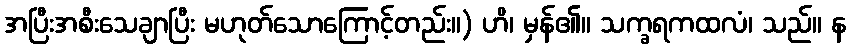
အပြီးအစီးသေချာပြီး မဟုတ်သောကြောင့်တည်း။) ဟိ၊ မှန်၏။ သက္ခရကထလံ၊ သည်။ န